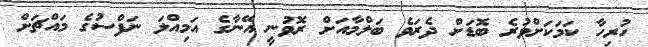
ހުރިހާ ކަމަކަށްވުރެ ބޮޑަށް ދެރަވެ ބަލްމާއަށް ރޮވުނީ އޭނާގެ އަމިއްލަ ނަފްސުގެ މައްޗަށް